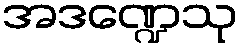
အဒဏ္ဍေသု